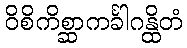
ဝိစိကိစ္ဆာကင်္ခါဂန္ထိတံ